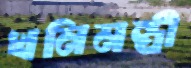
খনিমন্ত্রী